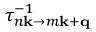
\tau _ { n \mathbf { k } \to m \mathbf { k } + \mathbf { q } } ^ { - 1 }